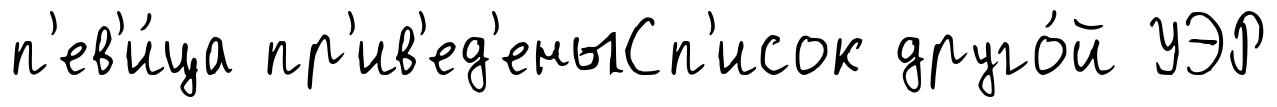
п'ев'и́ца пр'ив'ед'еныСп'исок друго́й УЭР